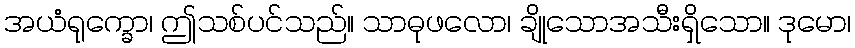
အယံရုက္ခော၊ ဤသစ်ပင်သည်။ သာဓုဖလော၊ ချိုသောအသီးရှိသော။ ဒုမော၊